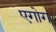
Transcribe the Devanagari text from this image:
एगोग